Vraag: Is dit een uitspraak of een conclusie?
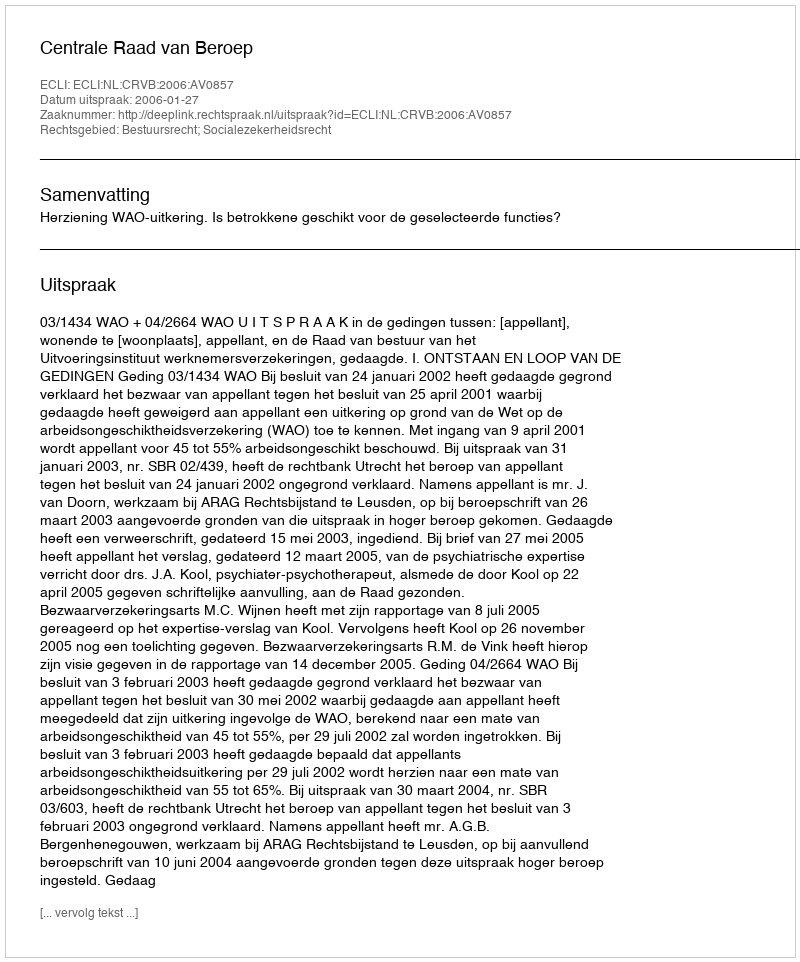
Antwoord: Uitspraak